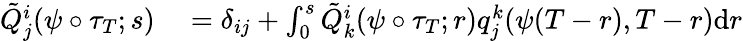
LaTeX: \begin{array}{rl}{\tilde{Q}_{j}^{i}(\psi\circ\tau_{T};s)}&{{}=\delta_{ij}+\int_{0}^{s}\tilde{Q}_{k}^{i}(\psi\circ\tau_{T};r)q_{j}^{k}(\psi(T-r),T-r)\textrm{d}r}\end{array}